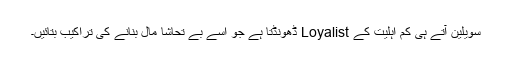
سویلین آتے ہی کم اہلیت کے Loyalist ڈھونڈتا ہے جو اسے بے تحاشا مال بنانے کی تراکیب بتائیں۔